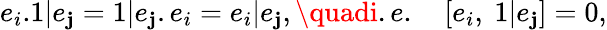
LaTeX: e_{i}.1|e_{\mathbf{j}}=1|e_{\mathbf{j}}.e_{i}=e_{i}|e_{\mathbf{j}},\quadi.e.\quad[e_{i},~1|e_{\mathbf{j}}]=0,